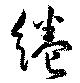
綣